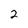
Character: 2